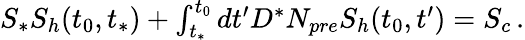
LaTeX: \begin{array}{r}{S_{*}S_{h}(t_{0},t_{*})+\int_{t_{*}}^{t_{0}}dt^{\prime}D^{*}N_{pre}S_{h}(t_{0},t^{\prime})=S_{c}\, .}\end{array}